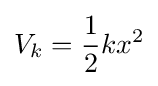
V_{k}={\frac {1}{2}}kx^{2}